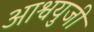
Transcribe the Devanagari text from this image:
आश्वयुजी